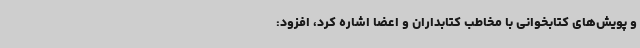
و پویش‌های کتابخوانی با مخاطب کتابداران و اعضا اشاره کرد، افزود: